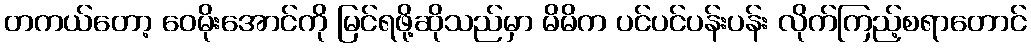
တကယ်တော့ ဝေမိုးအောင်ကို မြင်ရဖို့ဆိုသည်မှာ မိမိက ပင်ပင်ပန်းပန်း လိုက်ကြည့်စရာတောင်